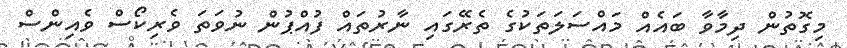
މިގޮތުން ދިމާވާ ބައެއް މައްސަލަތަކުގެ ތެރޭގައި ނާރުތައް ފުއްޕުން ނުވަތަ ވެރިކޯސް ވެއިންސް